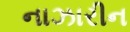
નાઝારીન